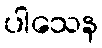
ပါသေန